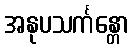
အနုပသင်္ကန္တော